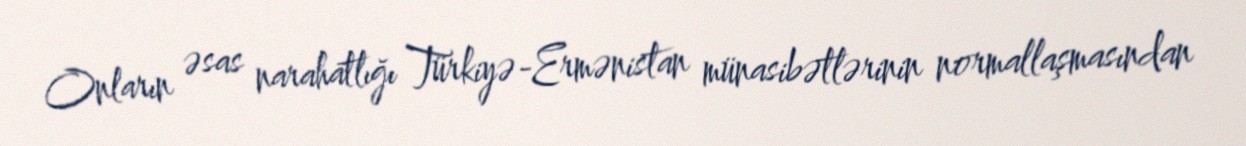
Onların əsas narahatlığı Türkiyə-Ermənistan münasibətlərinin normallaşmasından